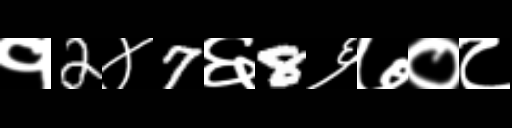
Text: १2४7६8६७०८